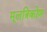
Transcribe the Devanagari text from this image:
मूलत्रिकोण